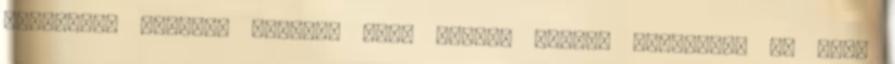
kiabálom, amilyen gyorsan csak tudom: Asszem sikerült. Ha nem,